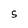
Character: S